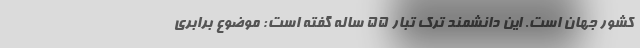
کشور جهان است. این دانشمند ترک تبار 55 ساله گفته است: موضوع برابری